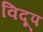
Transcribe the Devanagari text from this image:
विदूप